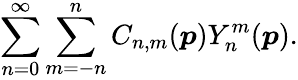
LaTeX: \sum_{n=0}^{\infty}\sum_{m=-n}^{n}C_{n,m}(\boldsymbol{p})Y_{n}^{m}(\boldsymbol{p}).